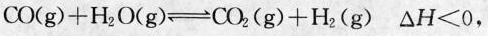
$$C O ( g ) + H_{2} O ( g ) \rightleftharpoons C O_{2} ( g ) + H_{2} ( g )$$ △H<0，